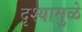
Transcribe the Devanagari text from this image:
दृश्यामुळे